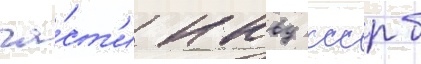
ча́ст'и нквд ссср б